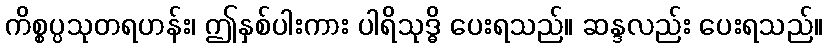
ကိစ္စပ္ပသုတရဟန်း၊ ဤနှစ်ပါးကား ပါရိသုဒ္ဓိ ပေးရသည်။ ဆန္ဒလည်း ပေးရသည်။